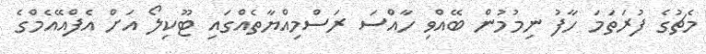
މެޗުގެ ފުރަތަމަ ހާފު ނިމުމުން ބޭއްވި ހާއްސަ ރަސްމިއްޔާތެއްގައި ޓޫކިލޯ އަށް އެފްއޭއެމްގެ